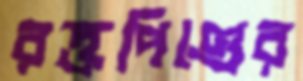
রক্তপিণ্ডের